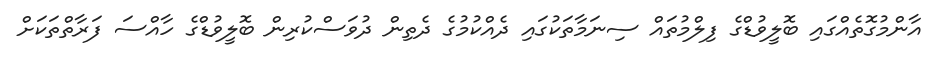
އާންމުގޮތެއްގައި ބޮލީވުޑްގެ ފިލްމުތައް ސިނަމާތަކުގައި ދެއްކުމުގެ ދެތިން ދުވަސްކުރިން ބޮލީވުޑްގެ ހާއްސަ ފަރާތްތަކަށް